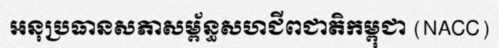
អនុប្រធានសភាសម្ព័ន្ធសហជីពជាតិកម្ពុជា (NACC)